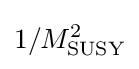
{\textstyle 1/M_{\text{SUSY}}^{2}}